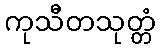
ကုသီတသုတ္တံ